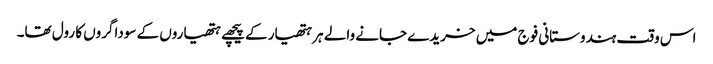
اس وقت ہندوستانی فوج میں خریدے جانے والے ہر ہتھیار کے پیچھے ہتھیاروں کے سوداگروں کا رول تھا۔